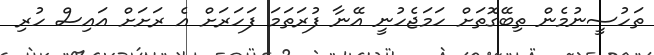
ތަހުސީނުމެން ތިބޭގޮތަށް ހަމަޖެހުނީ އޭނާ ފުރަތަމަ ފަހަރަށް އެ ރަށަށް އައިސް ހުރި